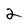
Character: 2